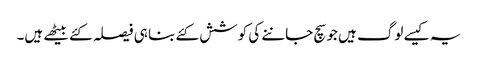
یہ کیسے لوگ ہیں جو سچ جاننے کی کوشش کئے بنا ہی فیصلہ کئے بیٹھے ہیں۔